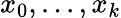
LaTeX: x_{0},...,x_{k}